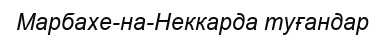
Марбахе-на-Неккарда туғандар